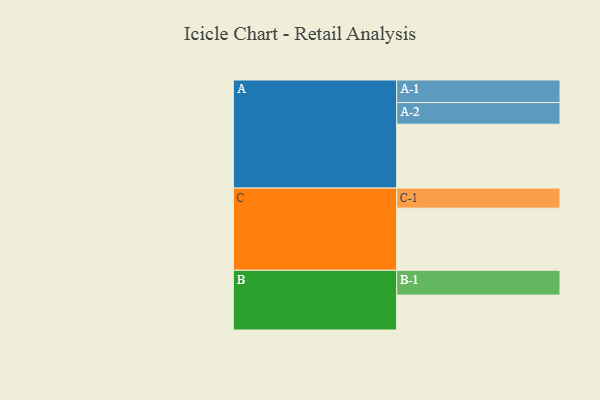
{"axis": {"x": "Segment", "y": "Value"}, "legend": ["", "A", "B", "C"], "data": [{"x": "A", "y": 564, "type": ""}, {"x": "B", "y": 308, "type": ""}, {"x": "C", "y": 548, "type": ""}, {"x": "A-1", "y": 199, "type": "A"}, {"x": "A-2", "y": 191, "type": "A"}, {"x": "B-1", "y": 219, "type": "B"}, {"x": "C-1", "y": 177, "type": "C"}]}